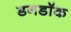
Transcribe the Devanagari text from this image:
डनडॉक